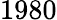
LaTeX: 1980